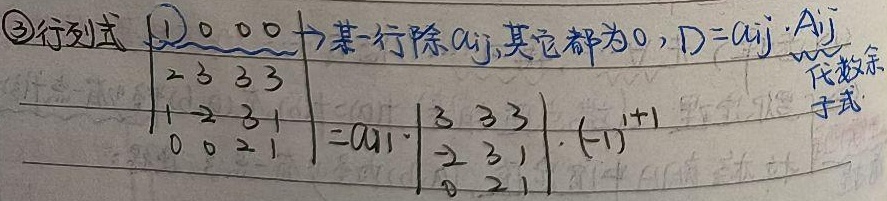
\textcircled{3}行列式
\textcircled{1}某一行除\(a_{ij}\)，其它都为\(0\)，\(D = a_{ij}\cdot A_{ij}\)。

\(\begin{vmatrix}0&0&0\\2&3&3&3\\1& - 2&3&1\\0&0&2&1\end{vmatrix}=a_{11}\cdot\begin{vmatrix}3&3&3\\ - 2&3&1\\0&2&1\end{vmatrix}\cdot(-1)^{1 + 1}\)  （代数余子式）